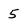
Character: 5